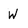
Character: W